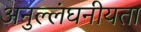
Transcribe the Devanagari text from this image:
अनुल्लंघनीयता